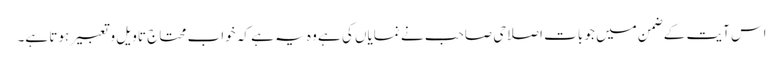
اس آیت کے ضمن میں جو بات اصلاحی صاحب نے نمایاں کی ہے وہ یہ ہے کہ خواب محتاج تاویل و تعبیر ہوتا ہے۔